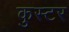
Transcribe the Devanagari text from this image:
कुस्टर